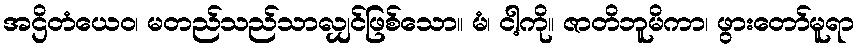
အဌိတံယေဝ၊ မတည်သည်သာလျှင်ဖြစ်သော။ မံ၊ ငါ့ကို။ ဇာတိဘူမိကာ၊ ဖွားတော်မူရာ